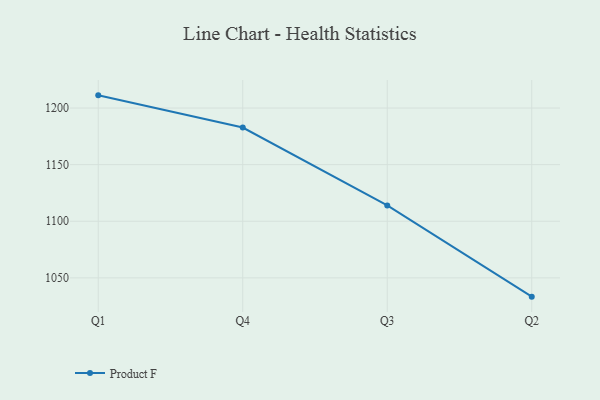
{"axis": {"x": "Quarter", "y": "Tickets Resolved"}, "legend": ["Product F"], "data": [{"x": "Q1", "y": 1211.2, "type": "Product F"}, {"x": "Q4", "y": 1182.8, "type": "Product F"}, {"x": "Q3", "y": 1114.0, "type": "Product F"}, {"x": "Q2", "y": 1033.4, "type": "Product F"}]}